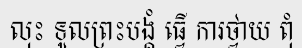
លុះ ទូលព្រះបង្គំ ធ្វើ ការថ្វាយ ពុំ